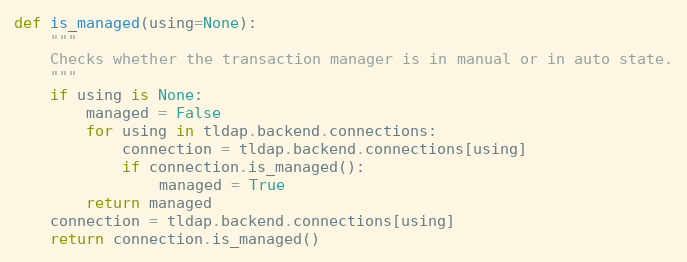
Language: Python
def is_managed(using=None):
    """
    Checks whether the transaction manager is in manual or in auto state.
    """
    if using is None:
        managed = False
        for using in tldap.backend.connections:
            connection = tldap.backend.connections[using]
            if connection.is_managed():
                managed = True
        return managed
    connection = tldap.backend.connections[using]
    return connection.is_managed()